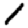
Digit: 1